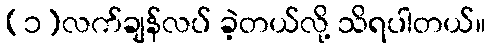
(၁)လက်ချန်လပ် ခဲ့တယ်လို့ သိရပါတယ်။